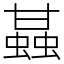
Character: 䗣